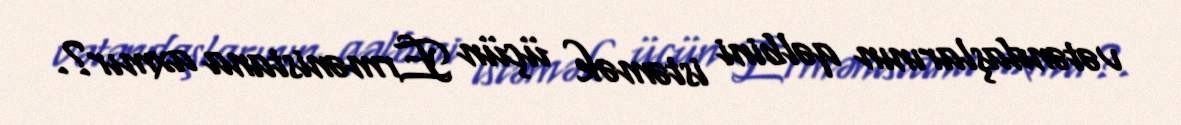
vətəndaşlarının qəlbini istəmək üçün Ermənistana axmır?.